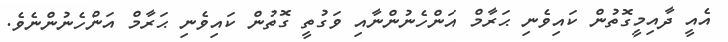
އެއީ ދާއިމީގޮތުން ކައިވެނި ޙަރާމް އަންހެނުންނާއި ވަގުތީ ގޮތުން ކައިވެނި ޙަރާމް އަންހެނުންނެވެ.